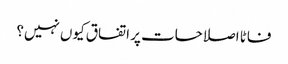
فاٹا اصلاحات پر اتفاق کیوں نہیں؟